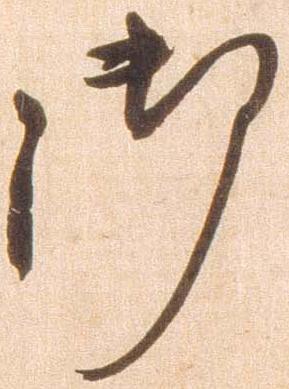
御